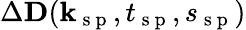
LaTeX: \Delta\textbf{D}(\textbf{k}_{\mathrm{~s~p~}},t_{\mathrm{~s~p~}},s_{\mathrm{~s~p~}})